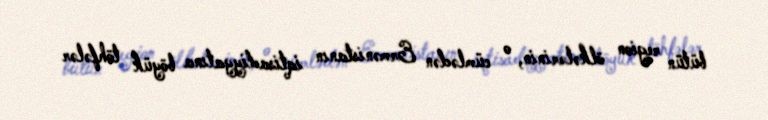
bütün region ölkələrinin, o cümlədən Ermənistanın iqtisadiyyatına böyük töhfələr